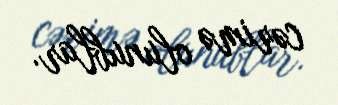
cərimə olunublar.